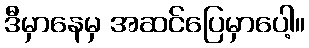
ဒီမှာနေမှ အဆင်ပြေမှာပေါ့။